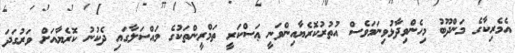
އެމެރިކާގެ މަންދޫބު މިހެންވިދާޅުވިނަމަވެސް އުތުރުކޮރެޔާއިންވަނީ ޢަސްކަރީ ތަމްރީންތަކުގެ މައްސަލާގައި ދެކުނު ކޮރެޔާއަށް ވަރުގަދަ